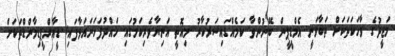
މަޖީދުގެ ވާހަކަތަކަށް ތަބާވަނީ އެމްޑީޕީން ބޭނުންވާ ކަމެއްގައިސަރުކާރު މިއޮތީ އަނިޔާވެރިކަމުގައި ހައްދުފަހަނައަޅާފައި: ޑީއާރްޕީޑިމާންޑްތަކަށް